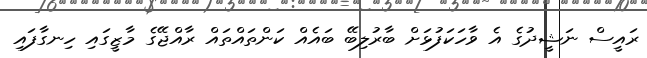
ރައީސް ނަޝީދުގެ އެ ވާހަކަފުޅަށް ބާރުލިބޭ ބައެއް ކަންތައްތައް ރާއްޖޭގެ މާޒީގައި ހިނގާފައި